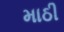
માઠી